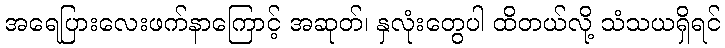
အရေပြားလေးဖက်နာကြောင့် အဆုတ်၊ နှလုံးတွေပါ ထိတယ်လို့ သံသယရှိရင်